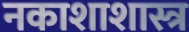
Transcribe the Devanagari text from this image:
नकाशाशास्त्र